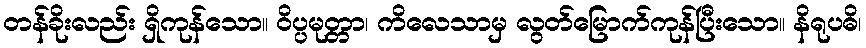
တန်ခိုးလည်း ရှိကုန်သော။ ဝိပ္ပမုတ္တာ၊ ကိလေသာမှ လွတ်မြောက်ကုန်ပြီးသော။ နိရုပဓိ၊